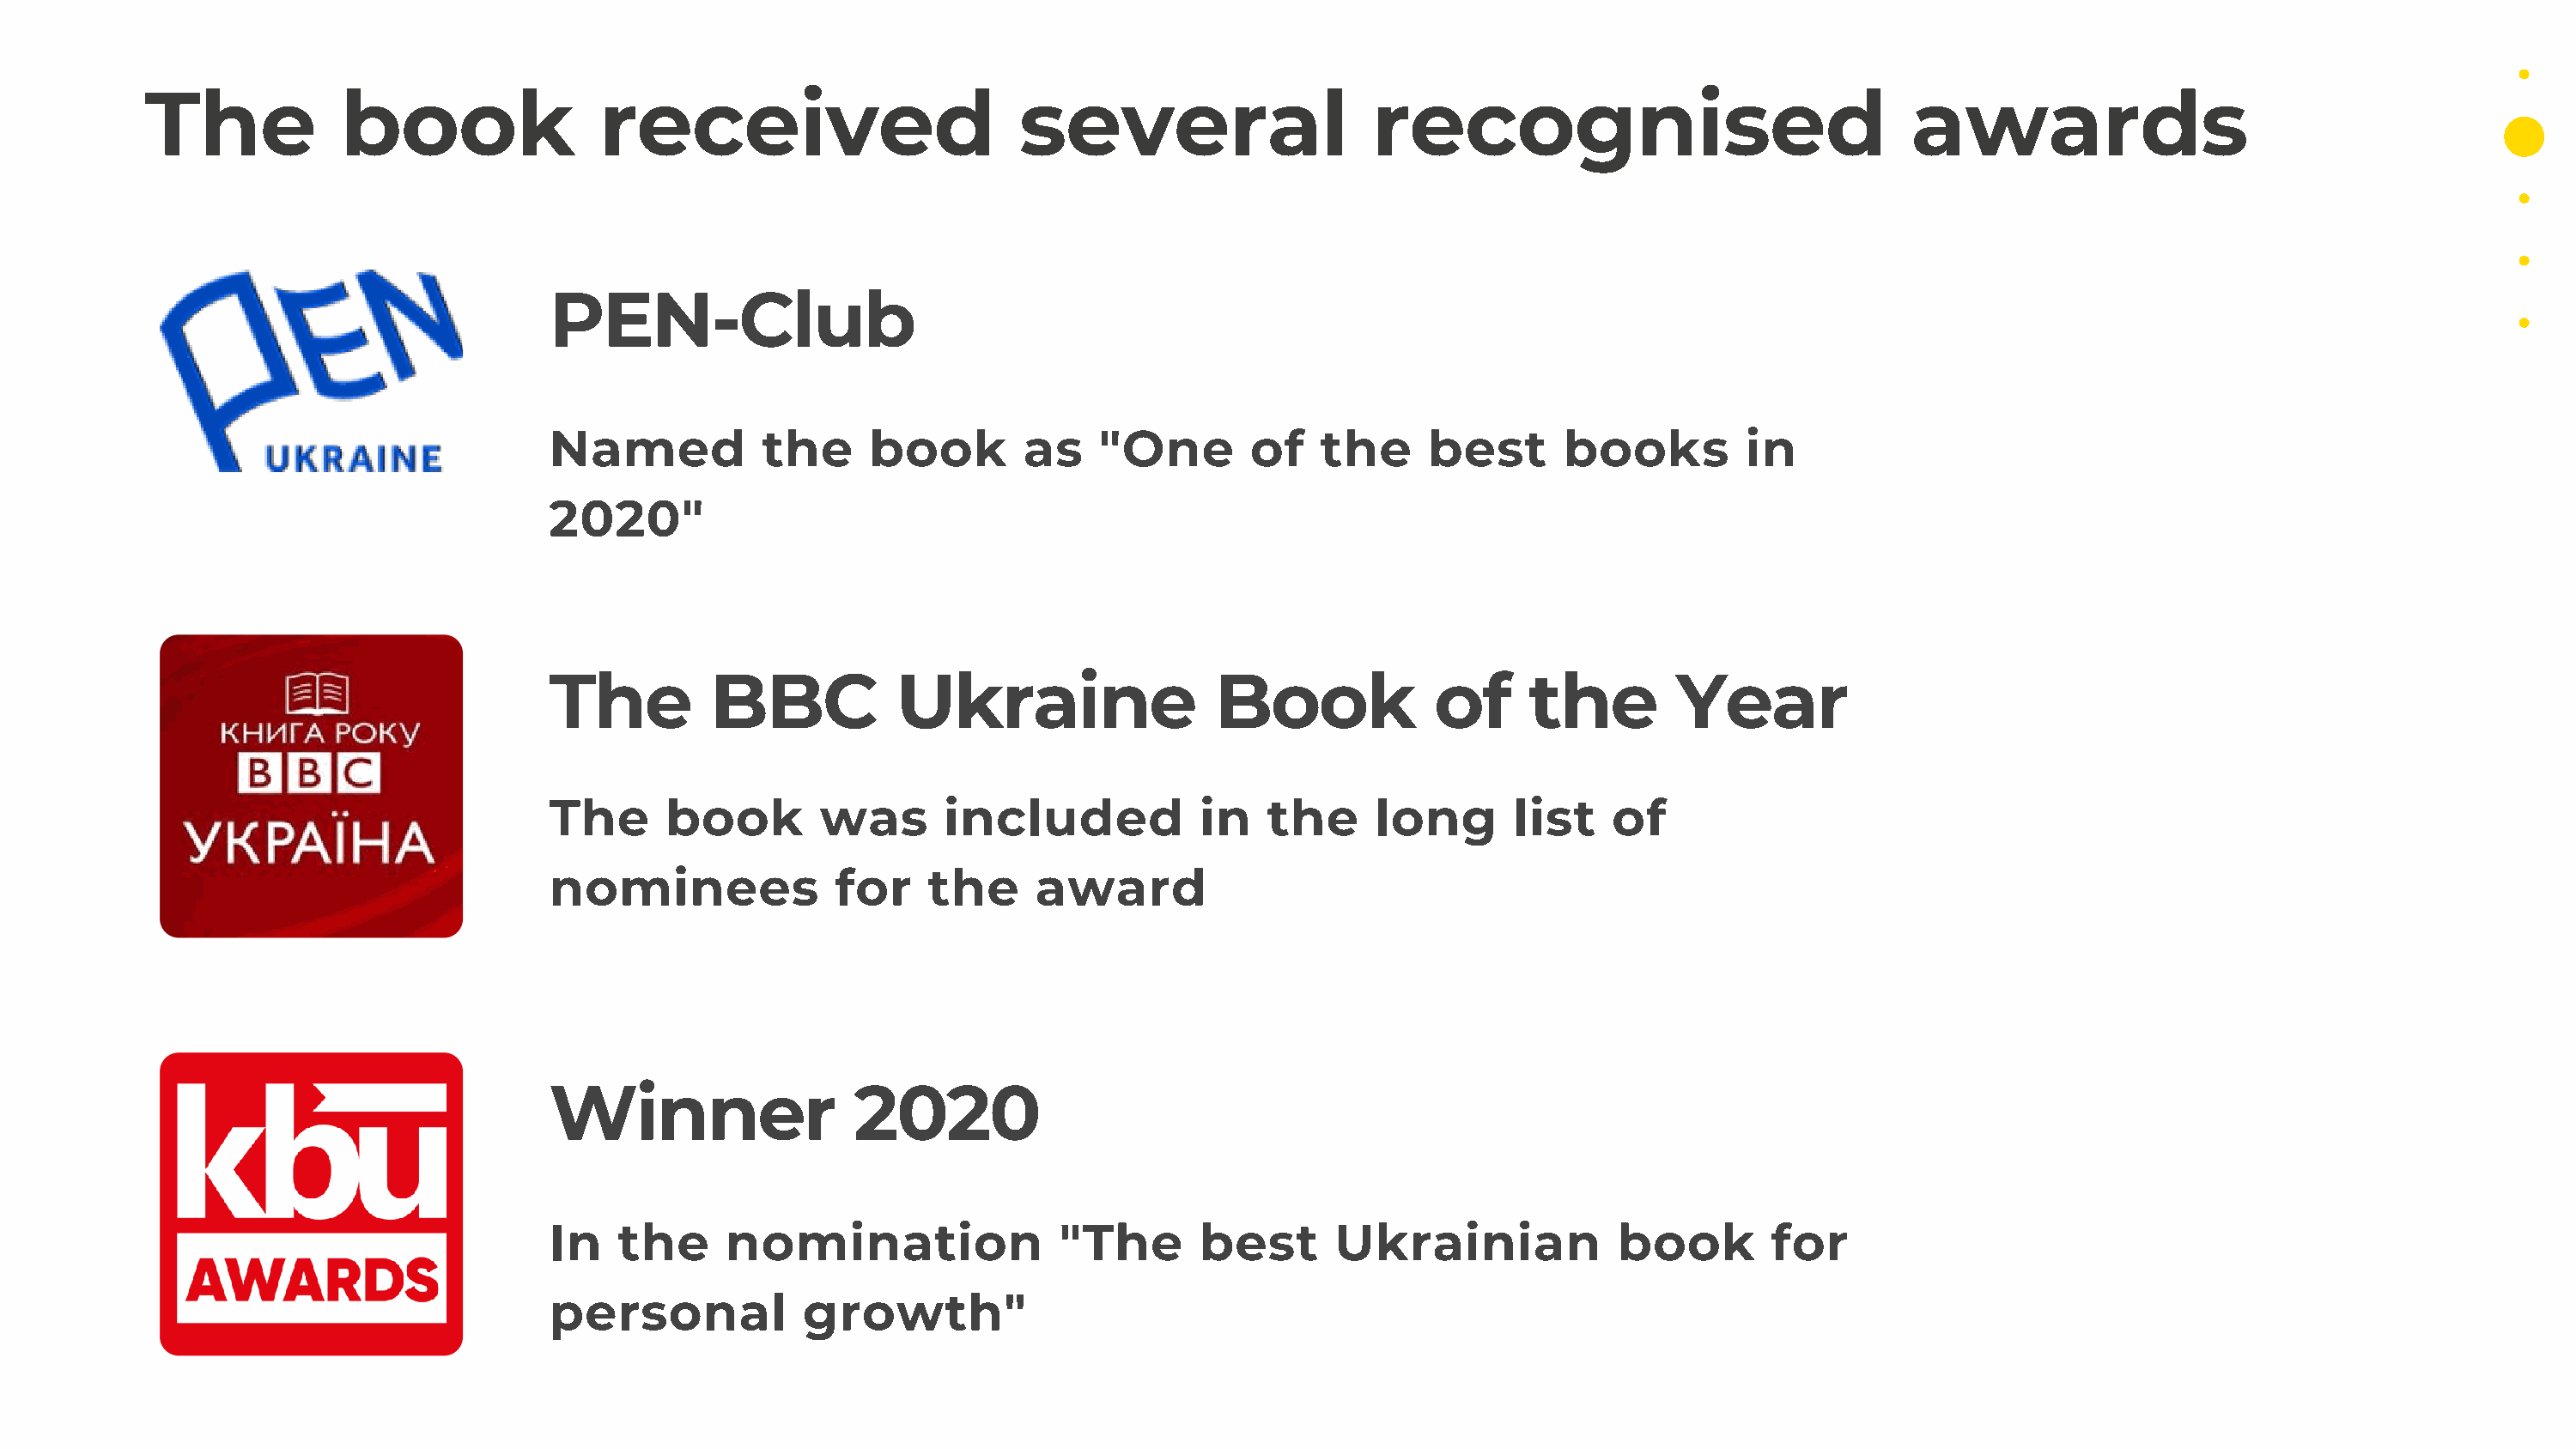
The            book                received                         several                    recognised                               awards
 PEN-Club
 Named            the     book        as    "One       of    the     best       books         in
 2020"
 The          BBC           Ukraine                  Book             of     the        Year
 The      book        was       included            in   the     long       list   of
 nominees              for     the     award
 Winner                  2020
 In    the     nomination                "The      best       Ukrainian             book        for
 personal            growth"